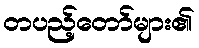
တပည့်တော်များ၏